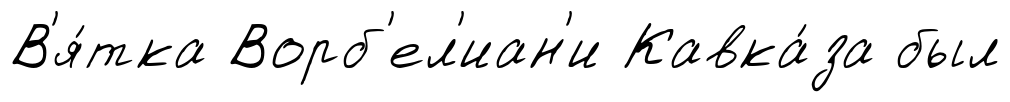
В'я́тка Ворб'ел'иан'и Кавка́за был